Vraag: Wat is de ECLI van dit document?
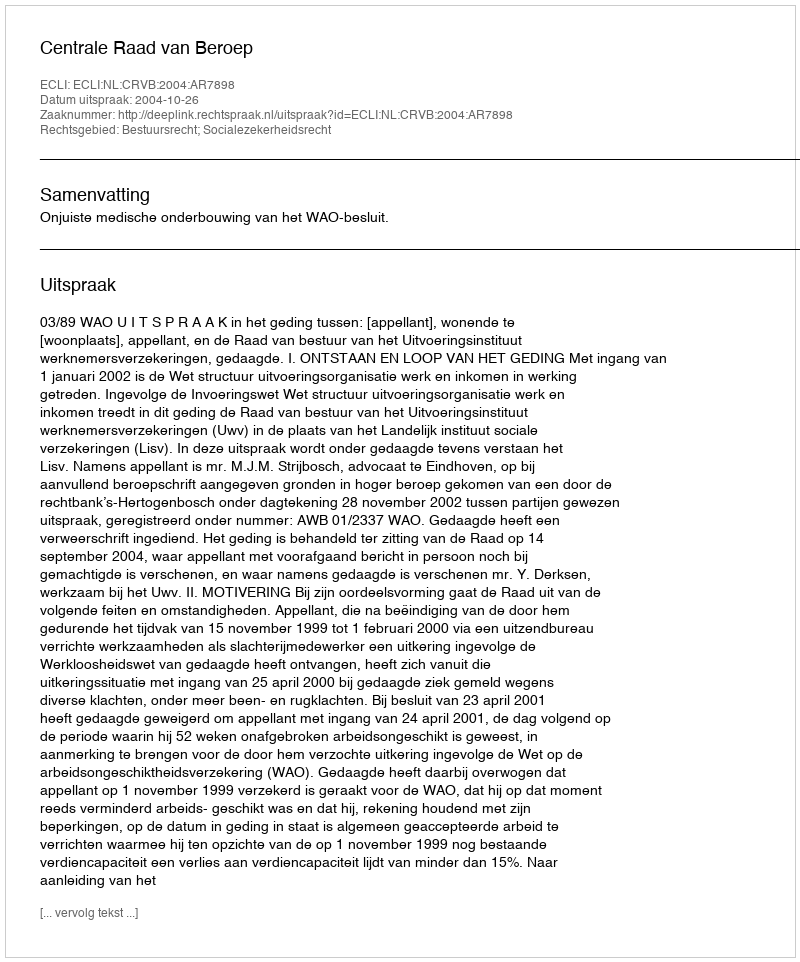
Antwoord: ECLI:NL:CRVB:2004:AR7898